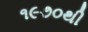
૧૯૭૦થી